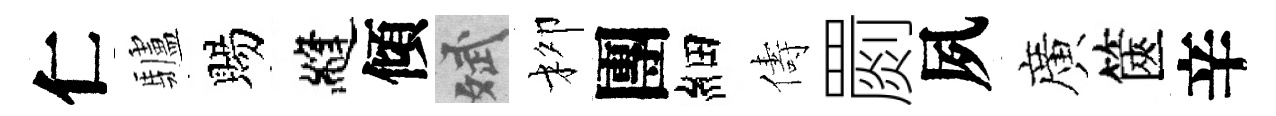
仁驢賜縫傾斌柳團細儔罽夙廣篋辛